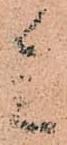
参